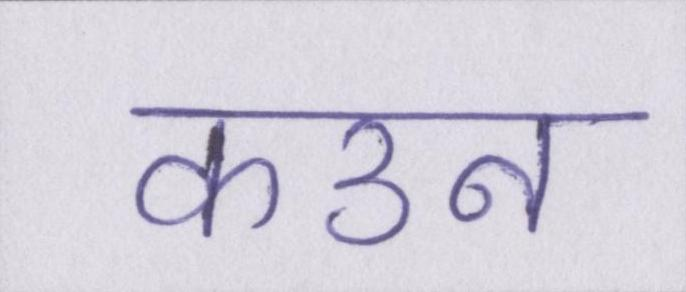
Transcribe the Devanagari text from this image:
कउन